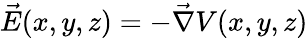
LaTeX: \vec{E}(x,y,z)=-\vec{\nabla}V(x,y,z)